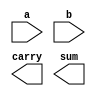
`timescale 1ns / 1ps
//////////////////////////////////////////////////////////////////////////////////
// Create directive in Verilog 
// By: Nima Omidsajedi
// Full-adder implementation
// Half adder:
// a --|````|--carry
// b --|````|--sum
//////////////////////////////////////////////////////////////////////////////////

module half_adder (
input a, b,
output carry, sum
);

endmodule

module full_adder(
input a, b, c_in,
output c_out,s_out
    );
wire c_int1, c_int2, s_int;  // Internal connections declration

half_adder u1 (a,b, c_int1, s_int);  // Connecting module by order
half_adder u2 (.a(s_int), .b(c_in), .sum(s_out), .carry(c_int2)); // Connecting module by name
or u3 (c_out, c_int1, c_int2); 

endmodule